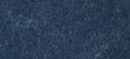
Main St